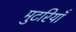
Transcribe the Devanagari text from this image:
मुटरियाँ